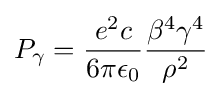
P_{\gamma }={\frac {e^{2}c}{6\pi \epsilon _{0}}}{\frac {\beta ^{4}\gamma ^{4}}{\rho ^{2}}}